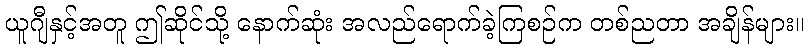
ယူဂျီနှင့်အတူ ဤဆိုင်သို့ နောက်ဆုံး အလည်ရောက်ခဲ့ကြစဉ်က တစ်ညတာ အချိန်များ။